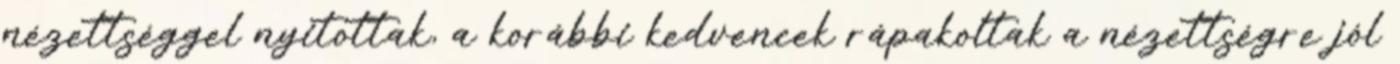
nézettséggel nyitottak, a korábbi kedvencek rápakoltak a nézettségre jól